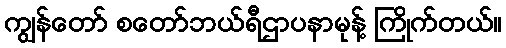
ကျွန်တော် စတော်ဘယ်ရီဌာပနာမုန့် ကြိုက်တယ်။